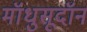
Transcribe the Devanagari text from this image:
मॉधुसूदॉन